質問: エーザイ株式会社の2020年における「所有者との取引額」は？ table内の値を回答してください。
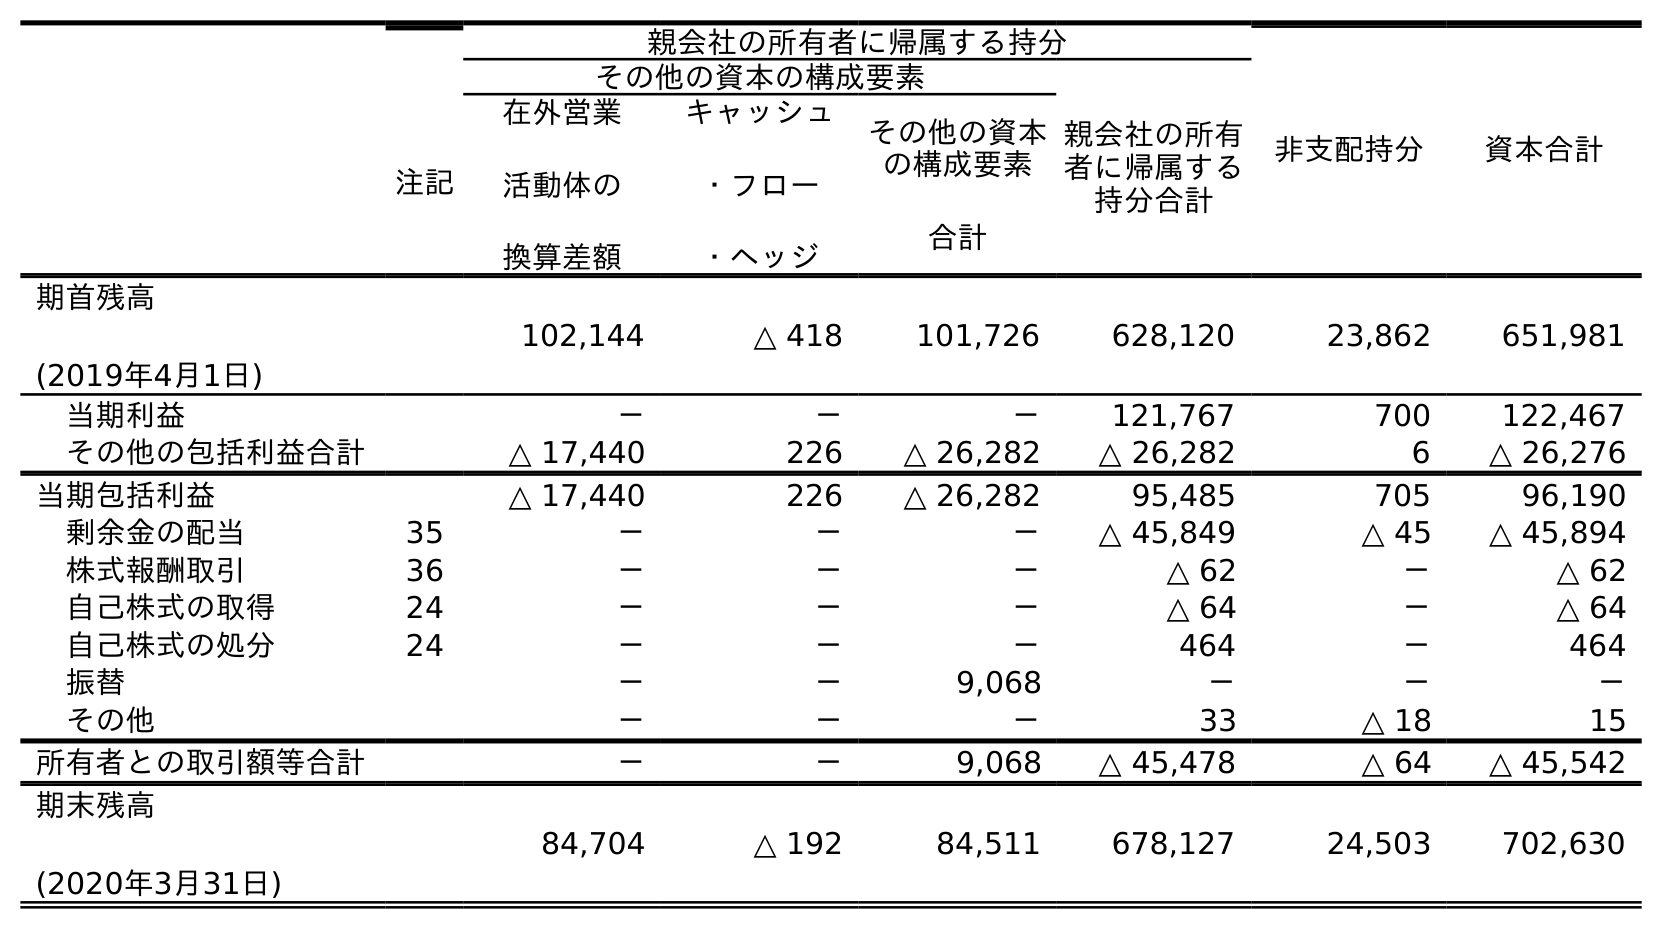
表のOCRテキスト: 注記 親会社の所有者に帰属する持分 非支配持分 資本合計 その他の資本の構成要素 親会社の所有 者に帰属する 持分合計 在外営業 活動体の 換算差額 キャッシュ ・フロー ・ヘッジ その他の資本 の構成要素 合計 期首残高 (2019年4月1日) 102,144 △ 418 101,726 628,120 23,862 651,981 当期利益 － － － 121,767 700 122,467 その他の包括利益合計 △ 17,440 226 △ 26,282 △ 26,282 6 △ 26,276 当期包括利益 △ 17,440 226 △ 26,282 95,485 705 96,190 剰余金の配当 35 － － － △ 45,849 △ 45 △ 45,894 株式報酬取引 36 － － － △ 62 － △ 62 自己株式の取得 24 － － － △ 64 － △ 64 自己株式の処分 24 － － － 464 － 464 振替 － － 9,068 － － － その他 － － － 33 △ 18 15 所有者との取引額等合計 － － 9,068 △ 45,478 △ 64 △ 45,542 期末残高 (2020年3月31日) 84,704 △ 192 84,511 678,127 24,503 702,630
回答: △45,542